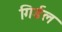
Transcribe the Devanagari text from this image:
गिर्डल